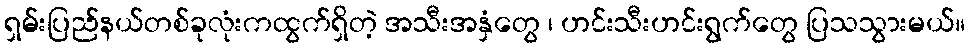
ရှမ်းပြည်နယ်တစ်ခုလုံးကထွက်ရှိတဲ့ အသီးအနှံတွေ ၊ ဟင်းသီးဟင်းရွက်တွေ ပြသသွားမယ်။